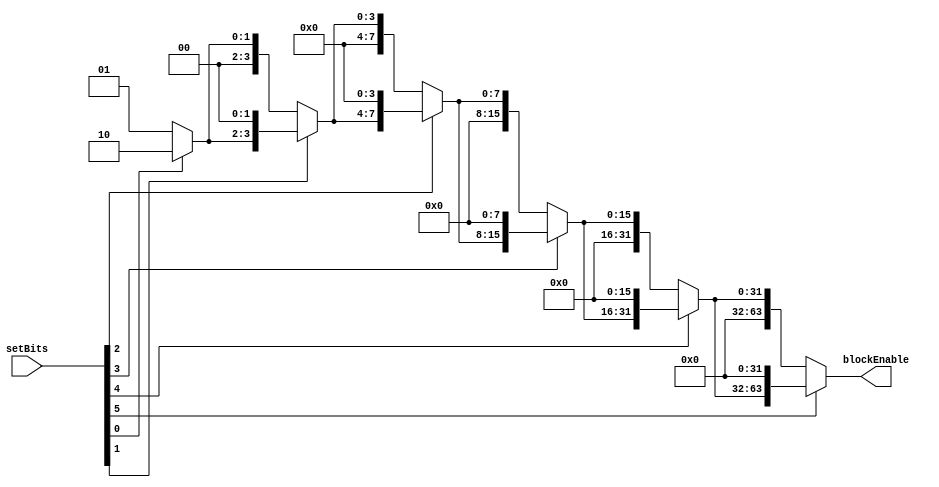
module blockEnable(setBits, blockEnable);
	input [5:0] setBits;
	output [63:0] blockEnable;
	
	wire [63:0] b0, b1, b2, b3, b4, b5;
	
	assign b0 = {{63{1'b0}}, 1'b1};
	assign b1 = (setBits[0]) ? b0 << 1 : b0;
	assign b2 = (setBits[1]) ? b1 << 2 : b1;
	assign b3 = (setBits[2]) ? b2 << 4 : b2;
	assign b4 = (setBits[3]) ? b3 << 8 : b3;
	assign b5 = (setBits[4]) ? b4 << 16 : b4;
	assign blockEnable = (setBits[5]) ? b5 << 32 : b5;

endmodule